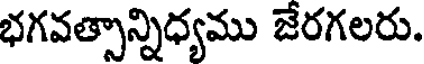
భగవత్సాన్నిధ్యము జేరగలరు.